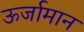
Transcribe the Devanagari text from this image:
ऊर्जामान